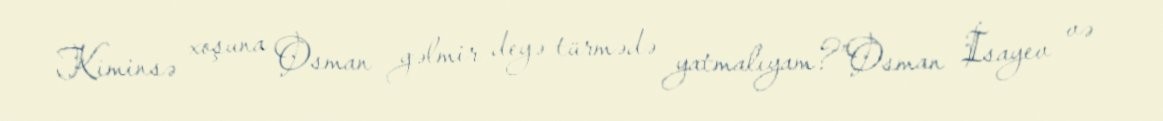
Kiminsə xoşuna Osman gəlmir deyə türmədə yatmalıyam?”Osman İsayev və